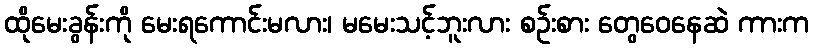
ထိုမေးခွန်းကို မေးရကောင်းမလား၊ မမေးသင့်ဘူးလား စဉ်းစား တွေဝေနေဆဲ ကားက